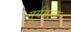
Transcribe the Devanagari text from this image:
सूर्यमाळ